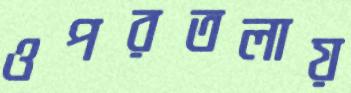
ওপরতলায়